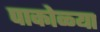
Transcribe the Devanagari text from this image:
पाकोळ्या